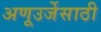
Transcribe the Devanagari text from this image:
अणूउर्जेसाठी